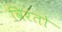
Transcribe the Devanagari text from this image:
विरतो